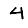
Digit: 4